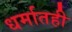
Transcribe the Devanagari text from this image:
धर्मातही